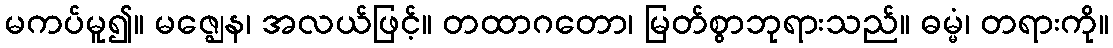
မကပ်မူ၍။ မဇ္ဈေန၊ အလယ်ဖြင့်။ တထာဂတော၊ မြတ်စွာဘုရားသည်။ ဓမ္မံ၊ တရားကို။